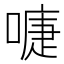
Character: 𭊚